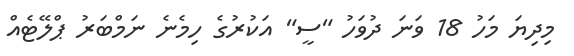
މިދިޔަ މަހު 18 ވަނަ ދުވަހު "ސީ" އަކުރުގެ ހިމެނެ ނަމްބަރު ޕްލޭޓެއް